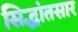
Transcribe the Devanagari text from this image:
सिद्धांतसार